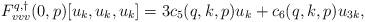
LaTeX: \begin{align*}F^{q,\dagger}_{vvv}(0,p)[u_k,u_k,u_k] &= 3c_5(q,k,p) u_k + c_6(q,k,p) u_{3k},\end{align*}